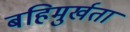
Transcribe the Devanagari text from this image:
बहिमुर्खता